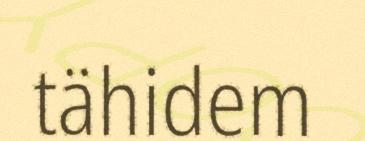
tähidem